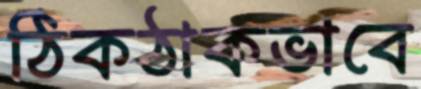
ঠিকঠাকভাবে